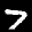
Label: 7